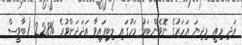
އަދި މިއީ މިދިޔަ އަހަރުގެ ނޮވެންބަރު މަހުގައި ލިބިފައިވާ އަދަދަށްވުރެ %22.8 (ބާވީސް